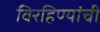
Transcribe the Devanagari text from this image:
विरहिण्यांची